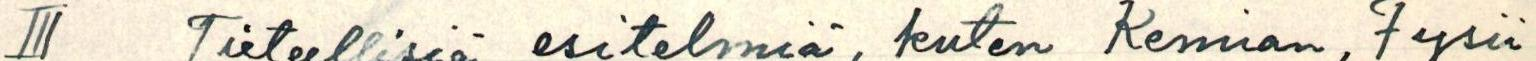
III Tieteellisiä esitelmiä, kuten Kemian, Fysii